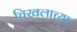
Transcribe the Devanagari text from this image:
चिखलाच्या